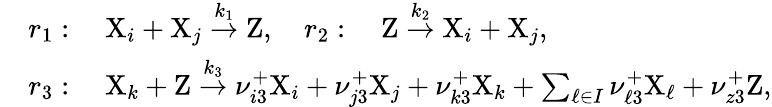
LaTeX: \begin{array}{rl}&{r_{1}:\quad\mathrm{X}_{i}+\mathrm{X}_{j}\stackrel{k_{1}}{\rightarrow}\mathrm{Z},\quad r_{2}:\quad\mathrm{Z}\stackrel{k_{2}}{\rightarrow}\mathrm{X}_{i}+\mathrm{X}_{j},}\\ &{r_{3}:\quad\mathrm{X}_{k}+\mathrm{Z}\stackrel{k_{3}}{\rightarrow}\nu_{i3}^{+}\mathrm{X}_{i}+\nu_{j3}^{+}\mathrm{X}_{j}+\nu_{k3}^{+}\mathrm{X}_{k}+\sum_{\ell\in I}\nu_{\ell 3}^{+}\mathrm{X}_{\ell}+\nu_{z3}^{+}\mathrm{Z},}\end{array}